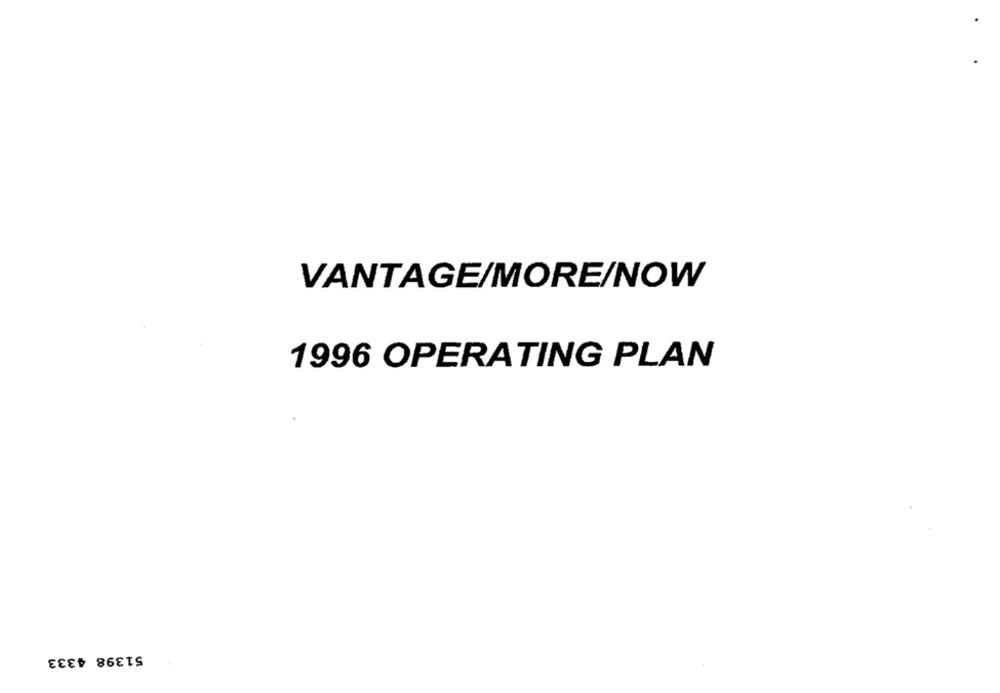
VANTAGE/MORE/NOW
1996 OPERATING PLAN
51398 4333